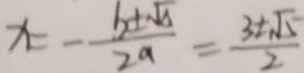
x = - \frac { b \pm \sqrt { \Delta } } { 2 a } = \frac { 3 \pm \sqrt { 5 } } { 2 }